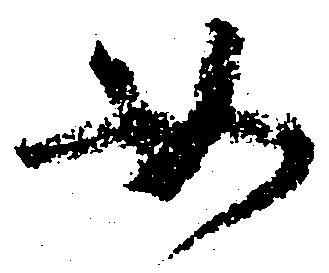
如